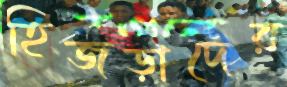
হিজড়াদের